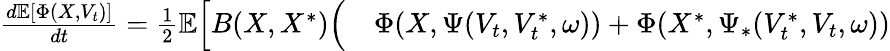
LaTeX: \begin{array}{rl}{\frac{d\mathbb{E}[\Phi(X,V_{t})]}{dt}=\frac{1}{2}\mathbb{E}\Bigl[B(X,X^{\ast})\Bigl(}&{{}\Phi(X,\Psi(V_{t},V_{t}^{\ast},\omega))+\Phi(X^{\ast},\Psi_{\ast}(V_{t}^{\ast},V_{t},\omega))}\end{array}